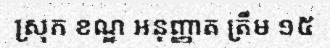
ស្រុក ខណ្ឌ អនុញ្ញាត ត្រឹម ១៥